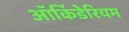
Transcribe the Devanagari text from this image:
ऑर्किडेरियम